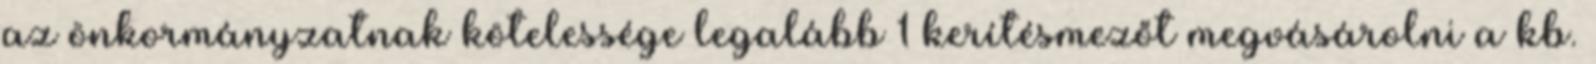
az önkormányzatnak kötelessége legalább 1 kerítésmezőt megvásárolni a kb.